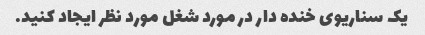
یک سناریوی خنده دار در مورد شغل مورد نظر ایجاد کنید.